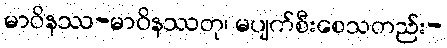
မာဝိနဿ-မာဝိနဿတု၊ မပျက်စီးစေသတည်း-